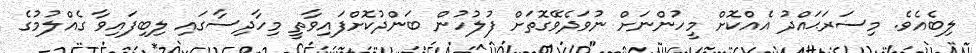
ލިބެއެވެ. މިސަރަޙައްދު އެއްކޮށް މީހުންނަށް ނުވަދެވޭގޮތަށް ފުލުހުން ބަންދުކޮށްފައިވާތީ މިހާދިސާގައި ލިބިފައިވާ ގެއްލުމުގެ